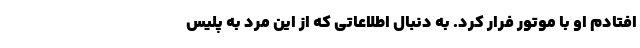
افتادم او با موتور فرار کرد. به دنبال اطلاعاتی که از این مرد به پلیس